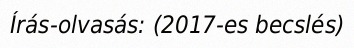
Írás-olvasás: (2017-es becslés)